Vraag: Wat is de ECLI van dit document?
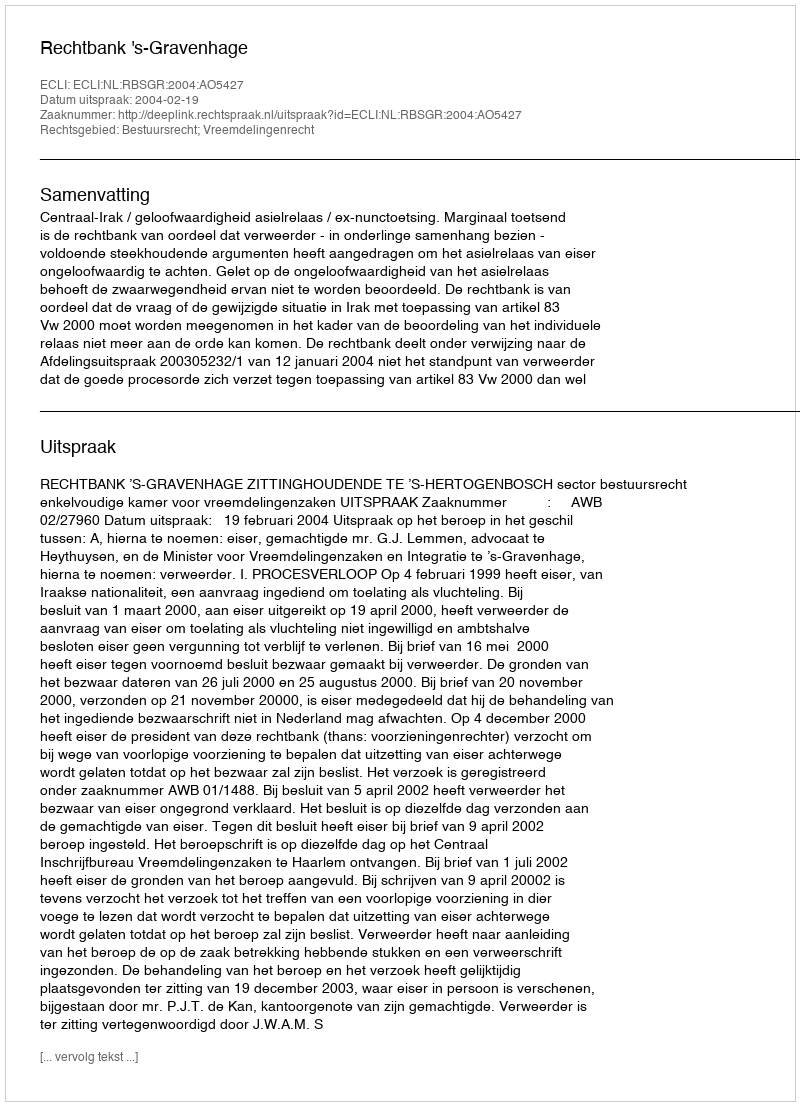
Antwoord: ECLI:NL:RBSGR:2004:AO5427